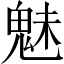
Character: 魅